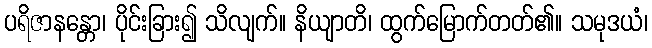
ပရိဇာနန္တော၊ ပိုင်းခြား၍ သိလျက်။ နိယျာတိ၊ ထွက်မြောက်တတ်၏။ သမုဒယံ၊